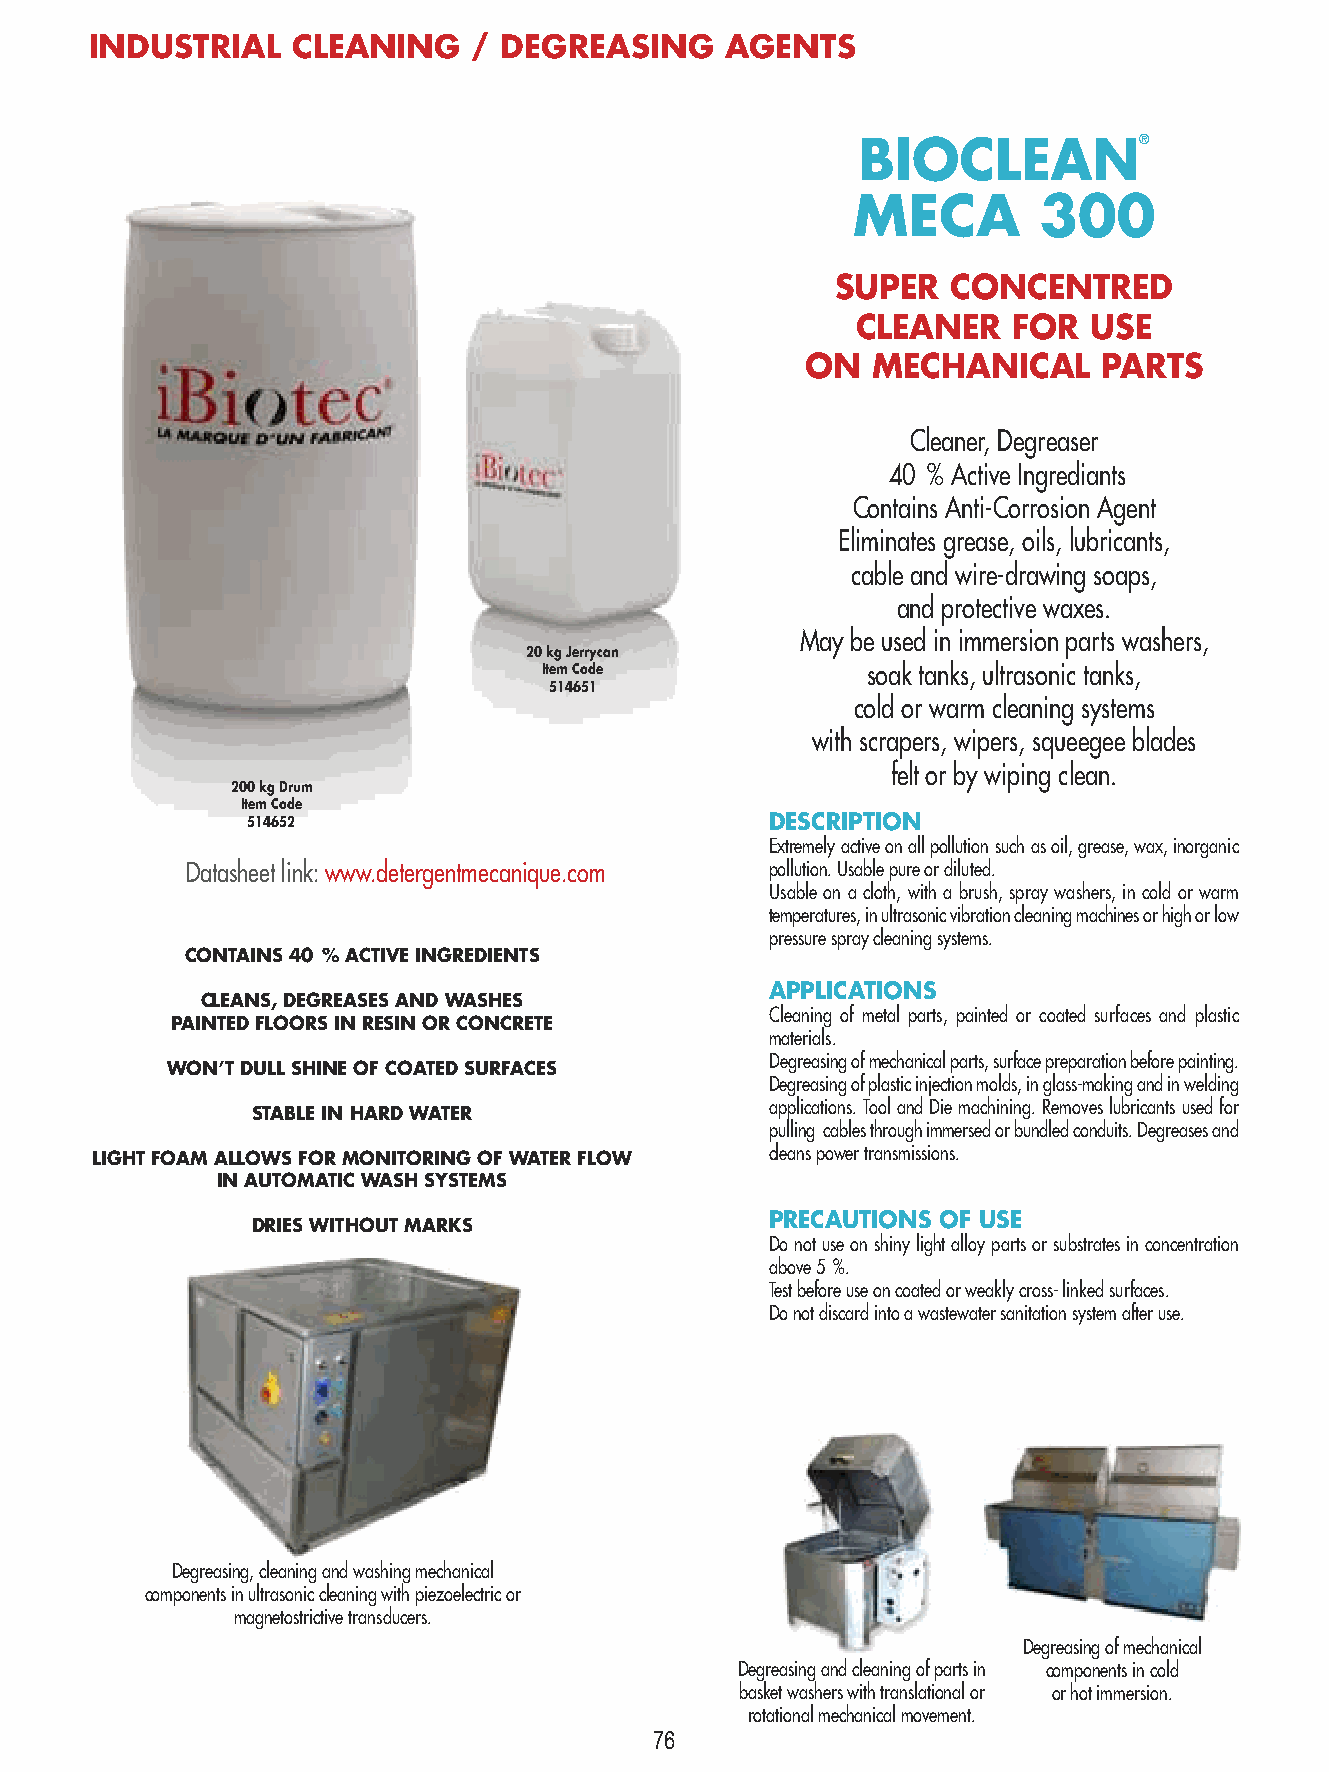
INDUSTRIAL   CLEANING    / DEGREASING     AGENTS
 BIOCLEAN®
 MECA         300
 SUPER   CONCENTRED
 CLEANER   FOR  USE
 ON   MECHANICAL     PARTS
 Cleaner, Degreaser
 40 % Active Ingrediants
 Contains Anti-Corrosion Agent
 Eliminates grease, oils, lubricants,
 cable and wire-drawing soaps,
 and protective waxes.
 May be used in immersion parts washers,
 20 kg Jerrycan
 Item Code            soak tanks, ultrasonic tanks,
 514651
 cold or warm cleaning systems
 with scrapers, wipers, squeegee blades
 felt or by wiping clean.
 200 kg Drum
 Item Code
 514652                             DESCRIPTION
 Extremely active on all pollution such as oil, grease, wax, inorganic
 Datasheet link: www.detergentmecanique.com pollution. Usable pure or diluted.
 Usable on a cloth, with a brush, spray washers, in cold or warm
 temperatures, in ultrasonic vibration cleaning machines or high or low
 pressure spray cleaning systems.
 CONTAINS 40 % ACTIVE INGREDIENTS
 APPLICATIONS
 CLEANS, DEGREASES AND WASHES
 Cleaning of metal parts, painted or coated surfaces and plastic
 PAINTED FLOORS IN RESIN OR CONCRETE
 materials.
 Degreasing of mechanical parts, surface preparation before painting.
 WON’T DULL SHINE OF COATED SURFACES
 Degreasing of plastic injection molds, in glass-making and in welding
 applications. Tool and Die machining. Removes lubricants used for
 STABLE IN HARD WATER
 pulling cables through immersed or bundled conduits. Degreases and
 LIGHT FOAM ALLOWS FOR MONITORING OF WATER FLOW cleans power transmissions.
 IN AUTOMATIC WASH SYSTEMS
 PRECAUTIONS OF USE
 DRIES WITHOUT MARKS
 Do not use on shiny light alloy parts or substrates in concentration
 above 5 %.
 Test before use on coated or weakly cross- linked surfaces.
 Do not discard into a wastewater sanitation system after use.
 Degreasing, cleaning and washing mechanical
 components in ultrasonic cleaning with piezoelectric or
 magnetostrictive transducers.
 Degreasing of mechanical
 Degreasing and cleaning of parts in components in cold
 basket washers with translational or or hot immersion.
 rotational mechanical movement.
 76